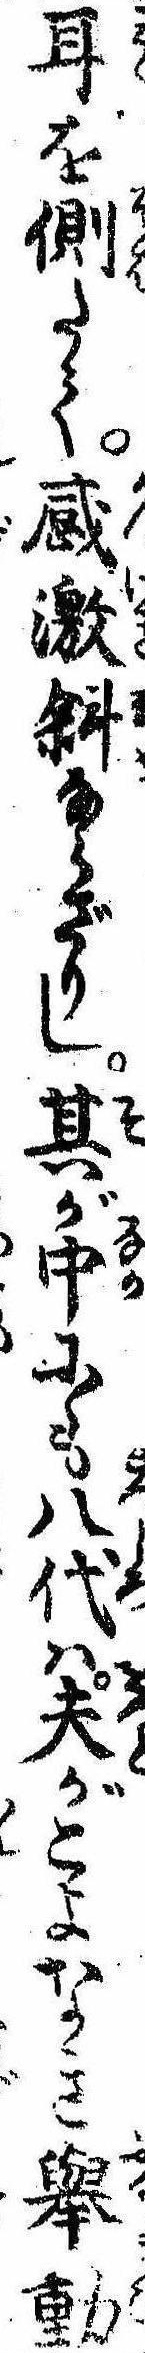
耳を側たて感激斜ならざりし其が中にも八代は夫がこよなき挙動